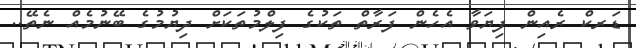
ޑަރކް ރެއިން ފިޔަވާ އެހެން ފަރާތް ތަކުގެ ފިލްމުތަކަށް ދިޔުމުގެ ބޭނުމެއް ނެތޭ..